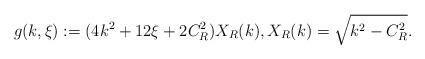
LaTeX: \begin{align*}g(k,\xi):=(4k^2+12\xi+2C_{R}^2)X_{R}(k), X_{R}(k)=\sqrt{k^2-C_{R}^2}.\end{align*}